Vaccination United Provinces of Agra and Oudh 1923-1928 - 1923-1928
Year: 1923
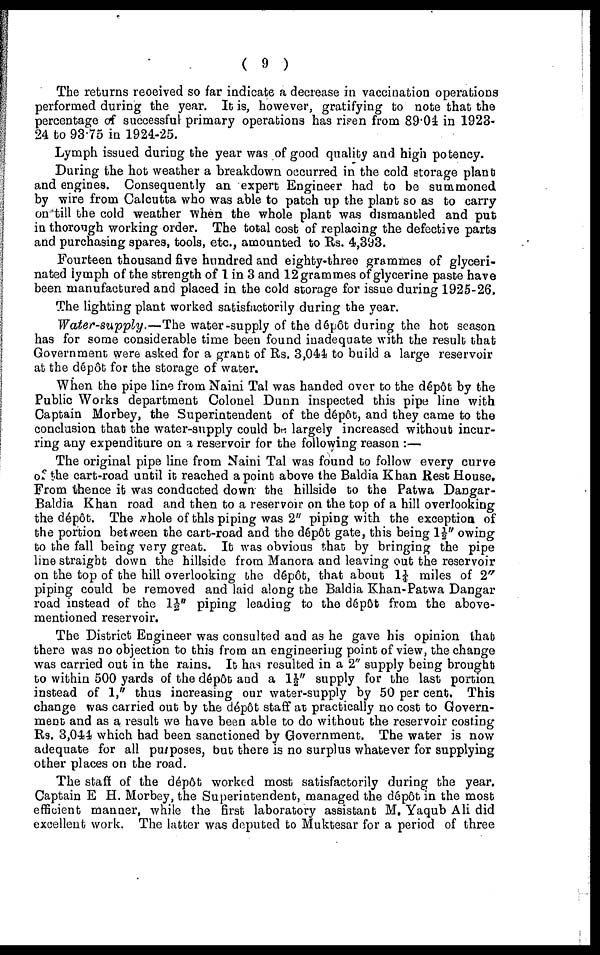
( 9 )
The returns received so far indicate a decrease in vaccination operations
performed during the year. It is, however, gratifying to note that the
percentage of successful primary operations has risen from 89.04 in 1923-
24 to 93.75 in 1924-25.
Lymph issued during the year was of good quality and high potency.
During the hot weather a breakdown occurred in the cold storage plant
and engines. Consequently an expert Engineer had to be summoned
by wire from Calcutta who was able to patch up the plant so as to carry
on till the cold weather when the whole plant was dismantled and put
in thorough working order. The total cost of replacing the defective parts
and purchasing spares, tools, etc., amounted to Rs. 4,393.
Fourteen thousand five hundred and eighty-three grammes of glyceri¬
nated lymph of the strength of 1 in 3 and 12 grammes of glycerine paste have
been manufactured and placed in the cold storage for issue during 1925-26.
The lighting plant worked satisfactorily during the year.
Water-supply.—The
water-supply of the dépôt during the hot season
has for some considerable time been found inadequate with the result that
Government were asked for a grant of Rs. 3,044 to build a large reservoir
at the dépôt for the storage of water.
When the pipe line from Naini Tal was handed over to the dépôt by the
Public Works department Colonel Dunn inspected this pipe line with
Captain Morbey, the Superintendent of the dépôt, and they came to the
conclusion that the water-supply could be largely increased without incur-
ring any expenditure on a reservoir for the following reason :—
The original pipe line from Naini Tal was found to follow every curve
of the cart-road until it reached a point above the Baldia Khan Rest House.
From thence it was conducted down the hillside to the Patwa Dangar-
Baldia Khan road and then to a reservoir on the top of a hill overlooking
the dépôt. The whole of this piping was 2" piping with the exception of
the portion between the cart-road and the dépôt gate, this being 1½" owing
to the fall being very great. It was obvious that by bringing the pipe
line straight down the hillside from Manora and leaving out the reservoir
on the top of the hill overlooking the dépôt, that about 1¼ miles of 2"
piping could be removed and laid along the Baldia Khan-Patwa Dangar
road instead of the 1½" piping leading to the dépôt from the above-
mentioned reservoir.
The District Engineer was consulted and as he gave his opinion that
there was no objection to this from an engineering point of view, the change
was carried out in the rains. It has resulted in a 2" supply being brought
to within 500 yards of the dépôt and a 1½" supply for the last portion
instead of 1," thus increasing our water-supply by 50 per cent. This
change was carried out by the dépôt staff at practically no cost to Govern-
ment and as a result we have been able to do without the reservoir costing
Rs. 3,044 which had been sanctioned by Government. The water is now
adequate for all purposes, but there is no surplus whatever for supplying
other places on the road.
The staff of the dépôt worked most satisfactorily during the year.
Captain E.H. Morbey, the Superintendent, managed the dépôt in the most
efficient manner, while the first laboratory assistant M. Yaqub Ali did
excellent work. The latter was deputed to Muktesar for a period of three